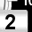
Digit: 2